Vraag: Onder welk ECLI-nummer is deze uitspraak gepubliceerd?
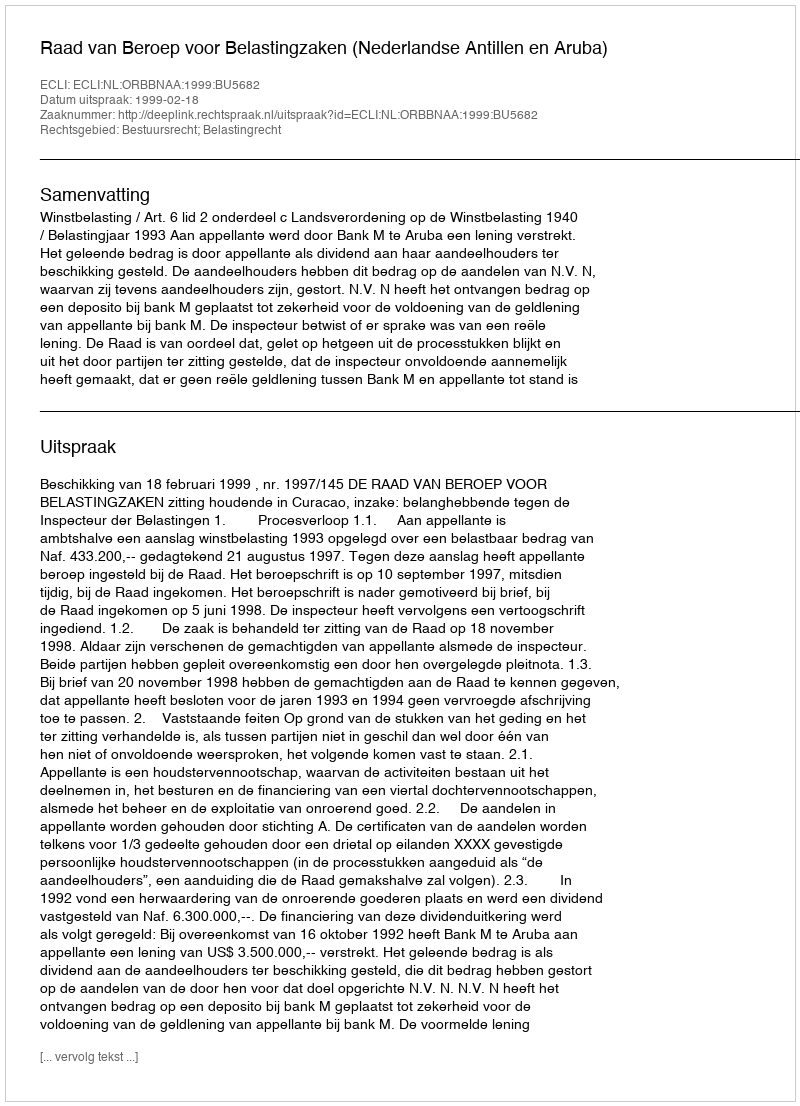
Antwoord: ECLI:NL:ORBBNAA:1999:BU5682